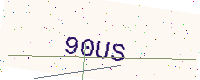
Text: 90US